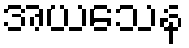
အယသေန